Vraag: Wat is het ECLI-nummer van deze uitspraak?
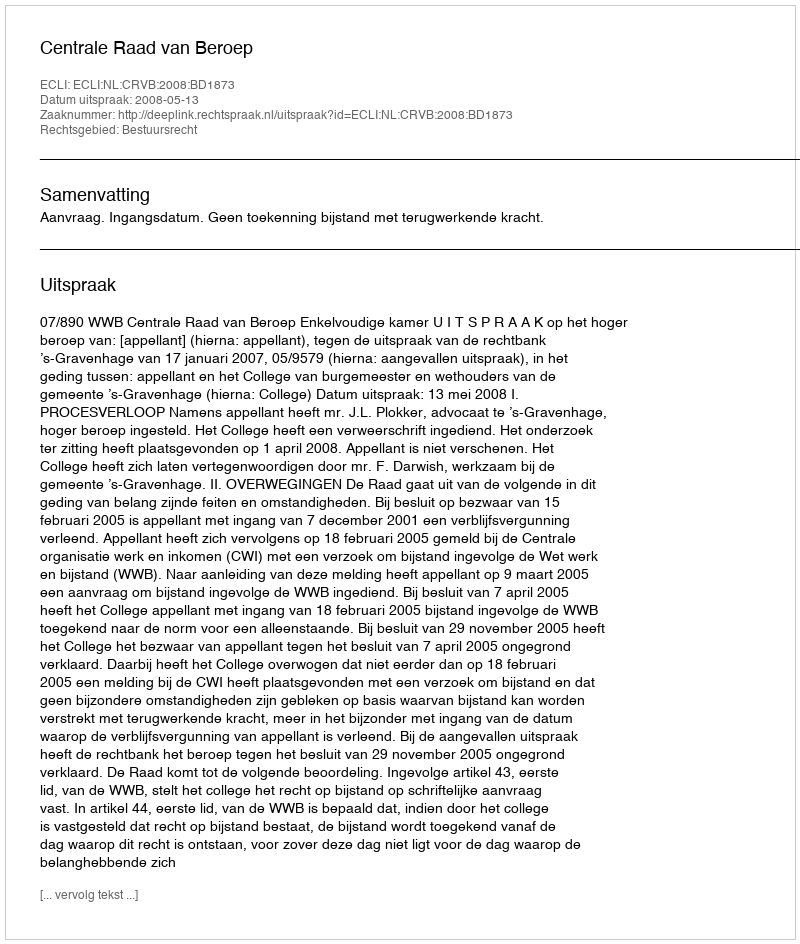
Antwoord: ECLI:NL:CRVB:2008:BD1873